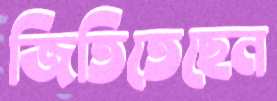
জিতিতেছেন